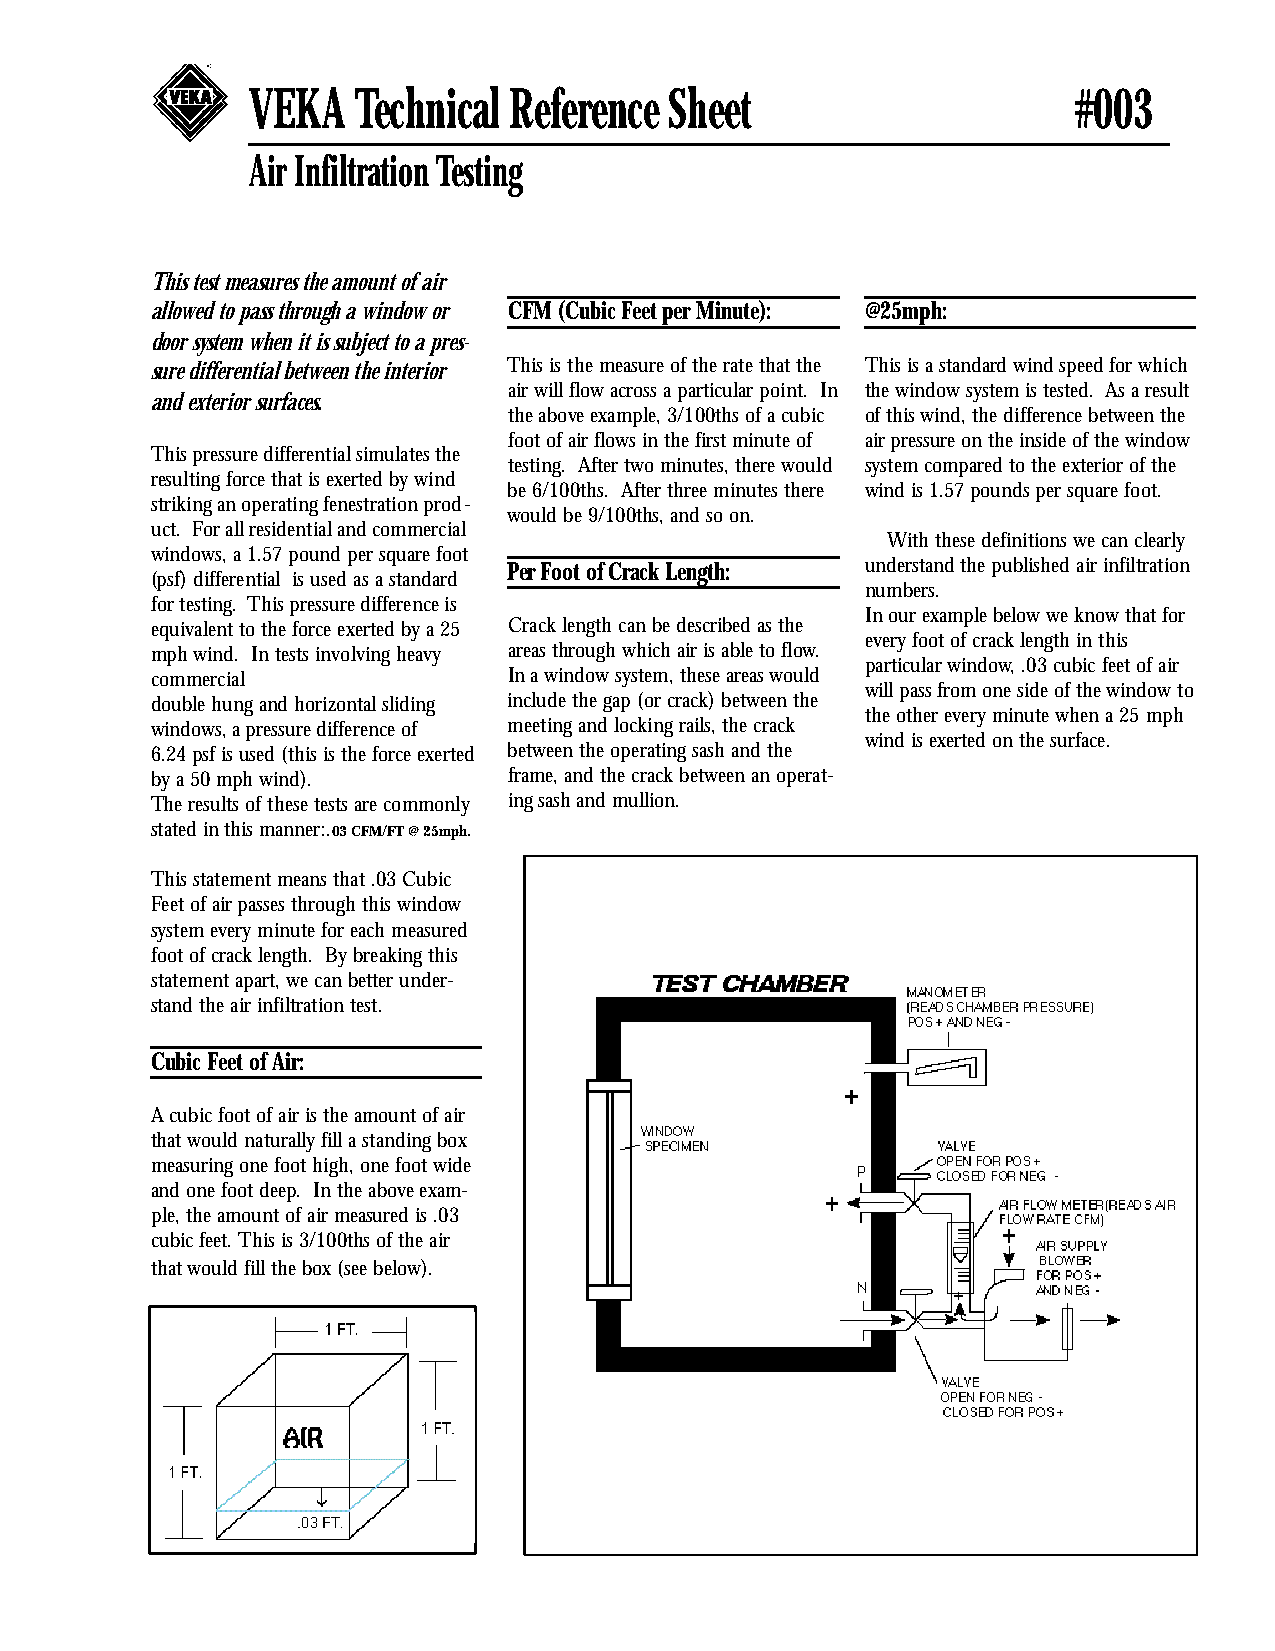
VEKA   Technical  Reference Sheet                      #003
 Air Infiltration Testing
 This test measures the amount of air
 allowed to pass through a window or CFM (Cubic Feet per Minute): @25mph:
 door system when it is subject to a pres-
 sure differential between the interior This is the measure of the rate that the This is a standard wind speed for which
 air will flow across a particular point. In the window system is tested. As a result
 and exterior surfaces.
 the above example, 3/100ths of a cubic of this wind, the difference between the
 foot of air flows in the first minute of air pressure on the inside of the window
 This pressure differential simulates the
 testing. After two minutes, there would system compared to the exterior of the
 resulting force that is exerted by wind
 be 6/100ths. After three minutes there wind is 1.57 pounds per square foot.
 striking an operating fenestration prod-
 would be 9/100ths, and so on.
 uct. For all residential and commercial
 With these definitions we can clearly
 windows, a 1.57 pound per square foot
 Per Foot of Crack Length: understand the published air infiltration
 (psf) differential is used as a standard
 numbers.
 for testing. This pressure difference is
 In our example below we know that for
 equivalent to the force exerted by a 25 Crack length can be described as the
 every foot of crack length in this
 mph wind. In tests involving heavy areas through which air is able to flow.
 particular window, .03 cubic feet of air
 commercial              In a window system, these areas would
 will pass from one side of the window to
 double hung and horizontal sliding include the gap (or crack) between the
 the other every minute when a 25 mph
 windows, a pressure difference of meeting and locking rails, the crack
 wind is exerted on the surface.
 6.24 psf is used (this is the force exerted between the operating sash and the
 by a 50 mph wind).      frame, and the crack between an operat-
 The results of these tests are commonly ing sash and mullion.
 stated in this manner:.03 CFM/FT @ 25mph.
 This statement means that .03 Cubic
 Feet of air passes through this window
 system every minute for each measured
 foot of crack length. By breaking this
 statement apart, we can better under-
 stand the air infiltration test.
 Cubic Feet of Air:
 A cubic foot of air is the amount of air
 that would naturally fill a standing box
 measuring one foot high, one foot wide
 and one foot deep. In the above exam-
 ple, the amount of air measured is .03
 cubic feet. This is 3/100ths of the air
 that would fill the box (see below).